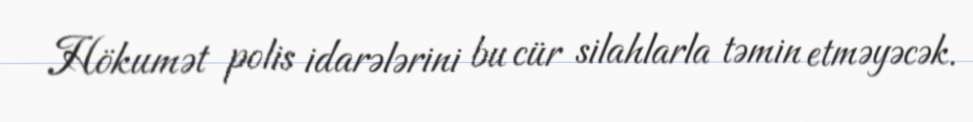
Hökumət polis idarələrini bu cür silahlarla təmin etməyəcək.